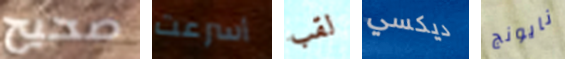
صحيح أسرعت لقب ديكسي نايونج